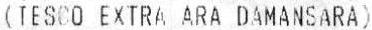
(TESCO EXTRA ARA DAMANSARA)